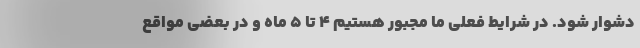
دشوار شود. در شرایط فعلی ما مجبور هستیم ۴ تا ۵ ماه و در بعضی مواقع